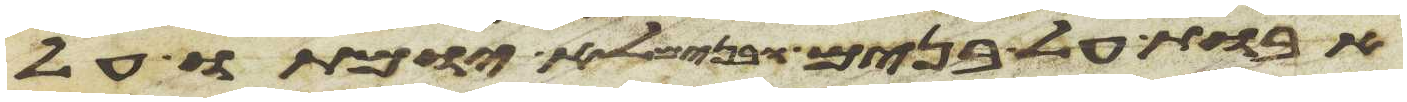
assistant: אבות על בנים ובנים לא יומתו על